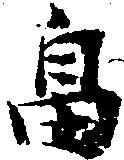
畠